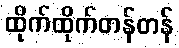
ထိုက်ထိုက်တန်တန်